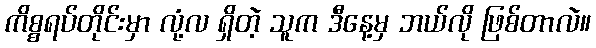
ကိစ္စရပ်တိုင်းမှာ လုံ့လ ရှိတဲ့ သူက ဒီနေ့မှ ဘယ်လို ဖြစ်တာလဲ။